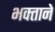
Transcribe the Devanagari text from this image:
भक्‍ताने